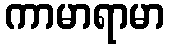
ကာမာရာမာ